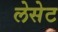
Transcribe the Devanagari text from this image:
लेसेट